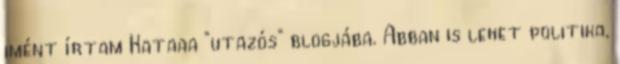
imént írtam Kataaa "utazós" blogjába. Abban is lehet politika,